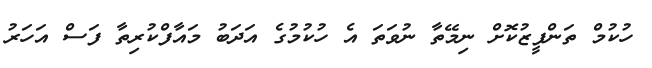
ހުކުމް ތަންފީޒުކޮށް ނިމޭތާ ނުވަތަ އެ ހުކުމުގެ އަދަބު މައާފްކުރިތާ ފަސް އަހަރު